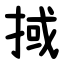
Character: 掝